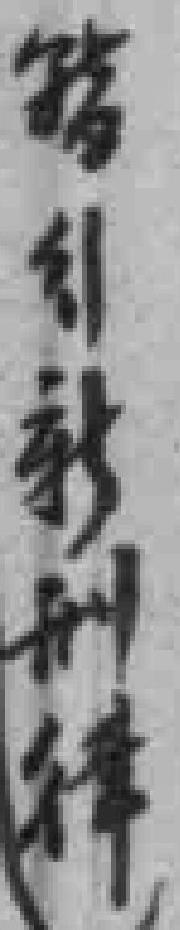
暫引新刑律